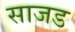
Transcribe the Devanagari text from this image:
साजड